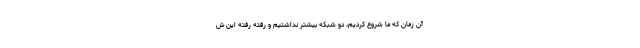
آن زمان که ما شروع کردیم، دو شبکه بیشتر نداشتیم و رفته رفته این ش